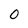
Character: 0